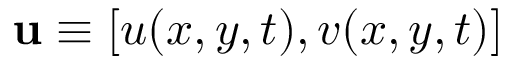
\mathbf { u } \equiv [ u ( x , y , t ) , v ( x , y , t ) ]